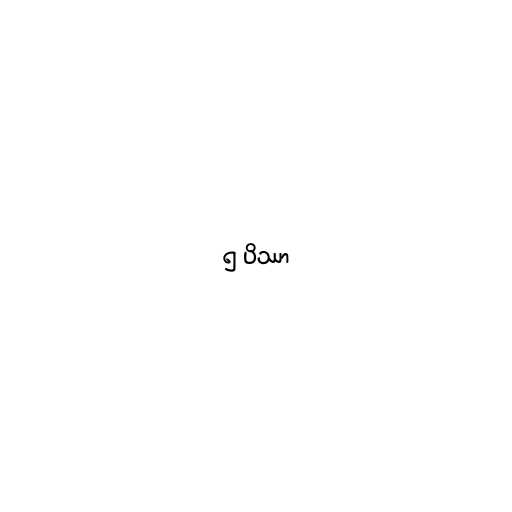
၅ ပိဿာ